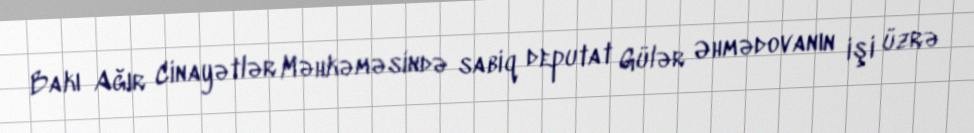
Bakı Ağır Cinayətlər Məhkəməsində sabiq deputat Gülər Əhmədovanın işi üzrə